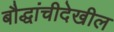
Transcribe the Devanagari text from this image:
बौद्धांचीदेखील